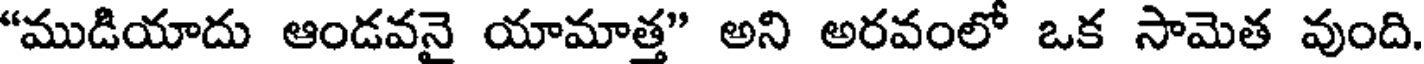
"ముడియాదు ఆండవనై యామాత్త" అని అరవంలో ఒక సామెత వుంది